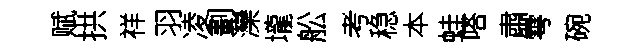
赋拱祥羽凌劃灤壠舩考稳本蛙嗒肅雩碗